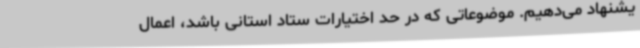
یشنهاد می‌دهیم. موضوعاتی که در حد اختیارات ستاد استانی باشد، اعمال